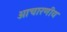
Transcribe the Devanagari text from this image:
आचारणीय